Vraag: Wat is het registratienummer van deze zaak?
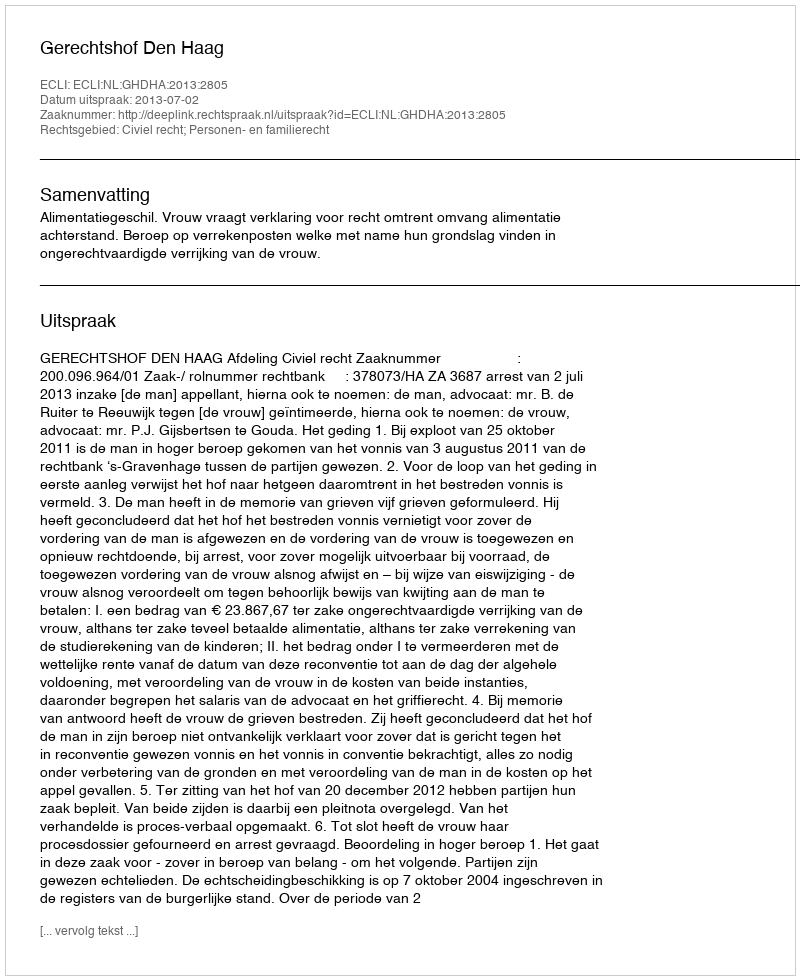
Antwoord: http://deeplink.rechtspraak.nl/uitspraak?id=ECLI:NL:GHDHA:2013:2805